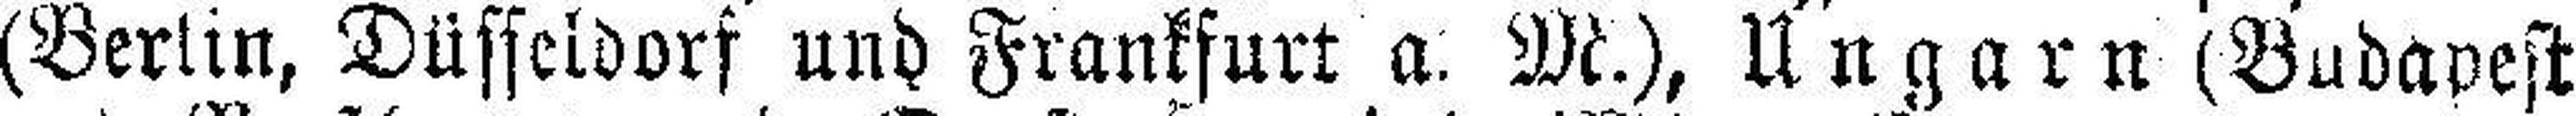
(Berlin, Düsseldorf und Frankfurt a. M.), Ungarn (Budapest